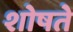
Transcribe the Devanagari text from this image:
शोषते